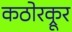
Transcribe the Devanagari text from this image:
कठोरक्रूर